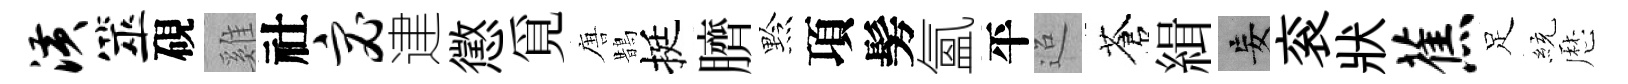
潢筮硯雞社宓䢖懲覓唐鵲挺臍黔項髣氳平迢蒼緝妄衮狀蕉足統厯